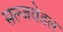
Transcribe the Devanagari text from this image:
सल्जवेडल